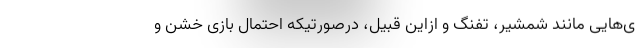
ی‌هایی مانند شمشیر، تفنگ و ازاین قبیل، درصورتیکه احتمال بازی خشن و